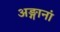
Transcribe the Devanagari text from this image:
अङ्गानां